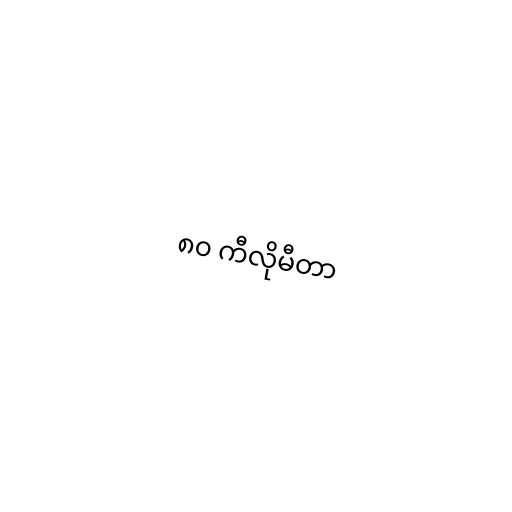
၈၀ ကီလိုမီတာ